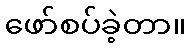
ဖော်စပ်ခဲ့တာ။